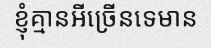
ខ្ញុំគ្មានអីច្រើនទេមាន